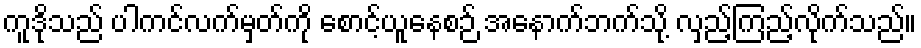
ကူဒိုသည် ပါကင်လက်မှတ်ကို စောင့်ယူနေစဉ် အနောက်ဘက်သို့ လှည့်ကြည့်လိုက်သည်။